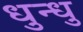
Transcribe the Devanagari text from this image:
धुन्धु